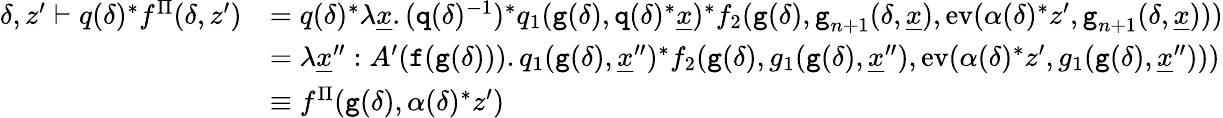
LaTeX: \begin{array}{rl}{\delta,z^{\prime}\vdash q(\delta)^{*}f^{\Pi}(\delta,z^{\prime})}&{=q(\delta)^{*}\lambda\underline{{x}}.(\textnormal{\texttt{q}}(\delta)^{-1})^{*}q_{1}(\textnormal{\texttt{g}}(\delta),\textnormal{\texttt{q}}(\delta)^{*}\underline{{x}})^{*}f_{2}(\textnormal{\texttt{g}}(\delta),\textnormal{\texttt{g}}_{n+1}(\delta,\underline{{x}}),\textnormal{ev}(\alpha(\delta)^{*}z^{\prime},\textnormal{\texttt{g}}_{n+1}(\delta,\underline{{x}})))}\\ &{=\lambda\underline{{x}}^{\prime\prime}:A^{\prime}(\textnormal{\texttt{f}}(\textnormal{\texttt{g}}(\delta))).q_{1}(\textnormal{\texttt{g}}(\delta),\underline{{x}}^{\prime\prime})^{*}f_{2}(\textnormal{\texttt{g}}(\delta),g_{1}(\textnormal{\texttt{g}}(\delta),\underline{{x}}^{\prime\prime}),\textnormal{ev}(\alpha(\delta)^{*}z^{\prime},g_{1}(\textnormal{\texttt{g}}(\delta),\underline{{x}}^{\prime\prime})))}\\ &{\equiv f^{\Pi}(\textnormal{\texttt{g}}(\delta),\alpha(\delta)^{*}z^{\prime})}\end{array}